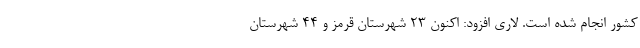
کشور انجام شده است. لاری افزود: اکنون ۲۳ شهرستان قرمز و ۴۴ شهرستان